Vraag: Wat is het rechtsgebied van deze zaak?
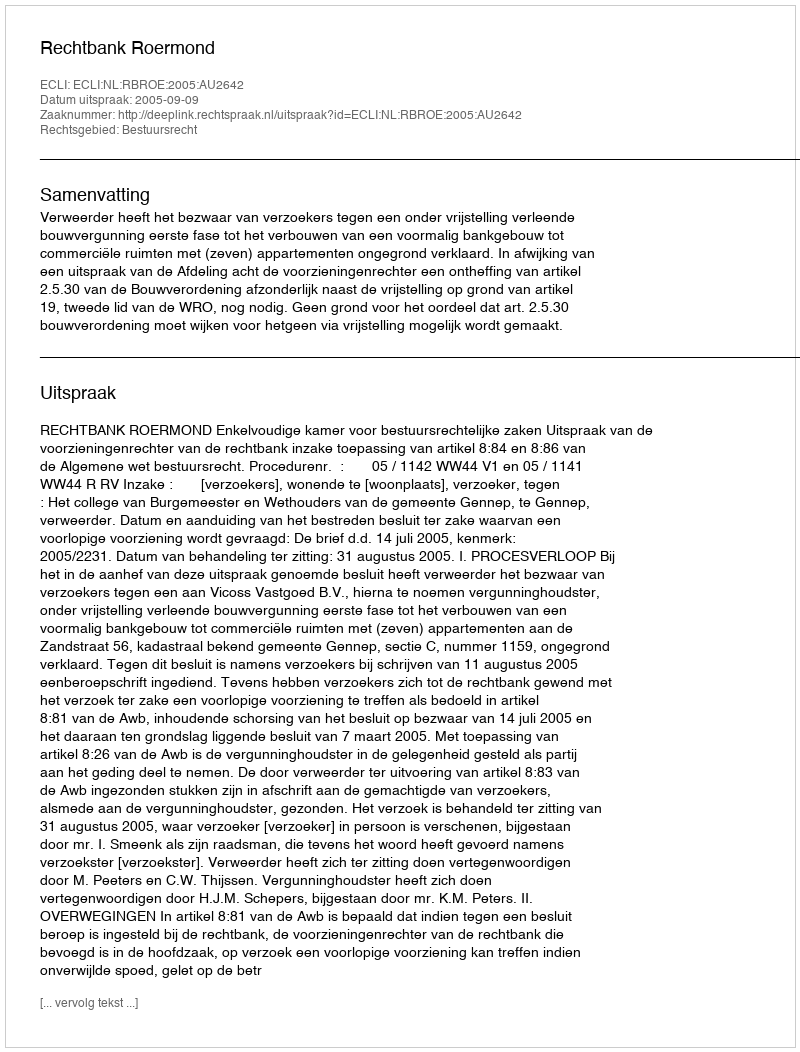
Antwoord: Bestuursrecht